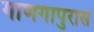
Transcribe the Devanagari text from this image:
गाणगापुरास